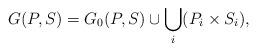
LaTeX: \begin{align*} G(P,S) = G_0(P,S) \cup \bigcup_i (P_i\times S_i) ,\end{align*}